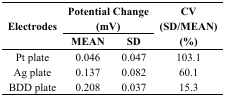
| <ROWSPAN=2> Electrodes | <COLSPAN=2> Potential Change(mV) | <ROWSPAN=2> CV(SD/MEAN)(%) |
 | MEAN | SD |
 | --- | --- | --- | --- |
 | Pt plate | 0.046 | 0.047 | 103.1 |
 | Ag plate | 0.137 | 0.082 | 60.1 |
 | BDD plate | 0.208 | 0.037 | 15.3 |